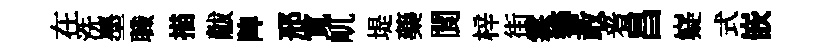
在洗墨職描黻陴邢寛屼堤藥閬梓街霖簮敢㸔昌嶷式嵌